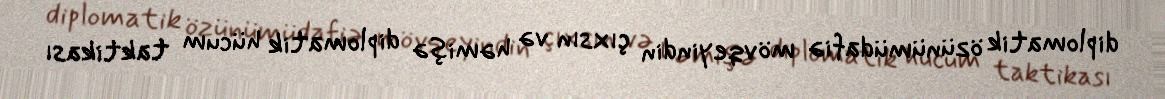
diplomatik özünümüdafiə mövqeyindin çıxsın və həmişə diplomatik hücum taktikası